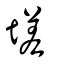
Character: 𡏦